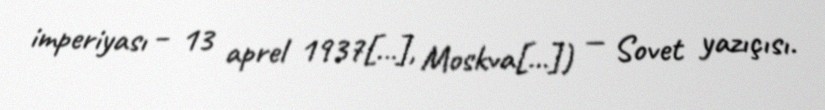
imperiyası – 13 aprel 1937[…], Moskva[…]) — Sovet yazıçısı.